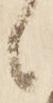
々